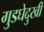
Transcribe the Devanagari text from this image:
गुडघेदुखी